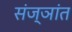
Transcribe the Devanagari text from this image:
संज्ञांत